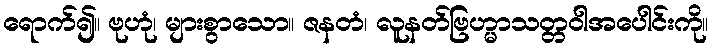
ရောက်၍။ ဗုဟုံ၊ များစွာသော။ ဇနတံ၊ လူနတ်ဗြဟ္မာသတ္တဝါအပေါင်းကို။